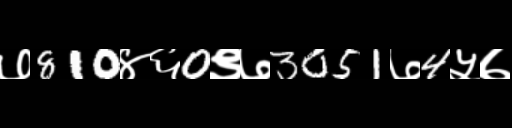
Text: ७810४६0९७3051७4५७